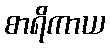
စာရိကာယ